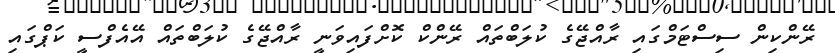
ރޭންކިން ސިސްޓަމްގައި ރާއްޖޭގެ ކުލަބްތައް ރޭންކް ކޮށްފައިވަނީ ރާއްޖޭގެ ކުލަބްތައް އޭއެފްސީ ކަޕްގައި